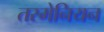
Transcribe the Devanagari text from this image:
तस्मेनियन